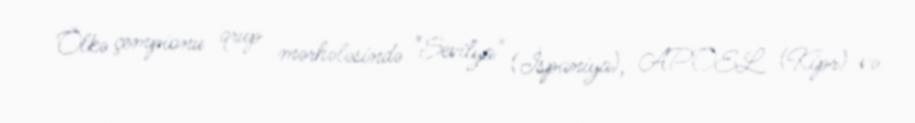
Ölkə çempionu qrup mərhələsində "Sevilya" (İspaniya), APOEL (Kipr) və